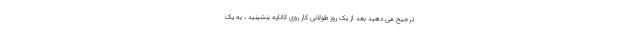
ترجیح می دهید بعد از یک روز طولانی کار روی کاناپه بنشینید ، به یک